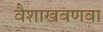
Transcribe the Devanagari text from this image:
वैशाखवणवा